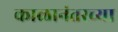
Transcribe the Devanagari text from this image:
काळानंतरच्या